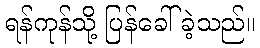
ရန်ကုန်သို့ ပြန်ခေါ်ခဲ့သည်။